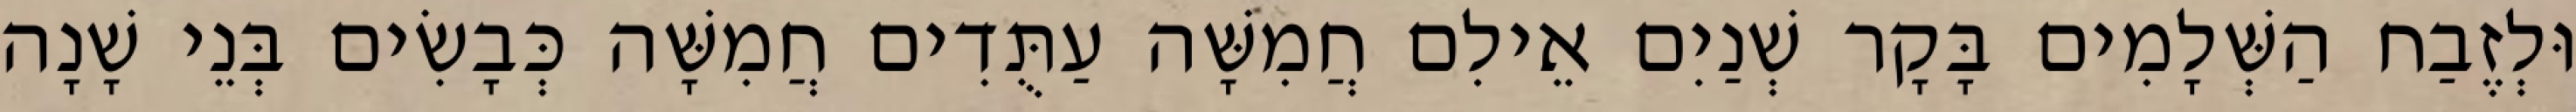
וּלְזֶבַח הַשְּׁלָמִים בָּקָר שְׁנַיִם אֵילִם חֲמִשָּׁה עַתֻּדִים חֲמִשָּׁה כְּבָשִׂים בְּנֵי שָׁנָה